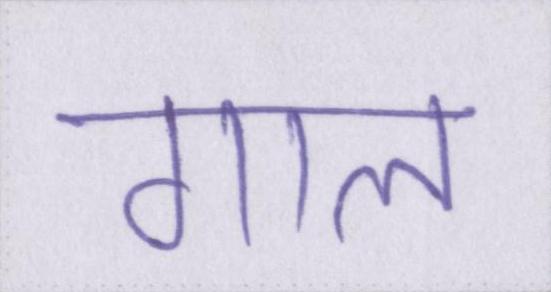
गाल